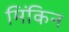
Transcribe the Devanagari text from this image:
मिंकिन